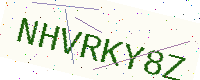
Text: NHVRKY8Z